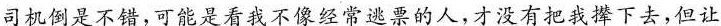
司机倒是不错，可能是看我不像经常逃票的人，才没有把我撵下去，但让